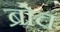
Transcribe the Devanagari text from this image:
ब्रोच